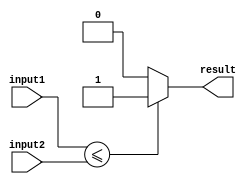
module less_than_equal_to_comparator (
    input [7:0] input1,
    input [7:0] input2,
    output reg result
);

always @* begin
    if (input1 <= input2) begin
        result = 1;
    end else begin
        result = 0;
    end
end

endmodule